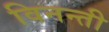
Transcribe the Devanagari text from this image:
विनन्ती